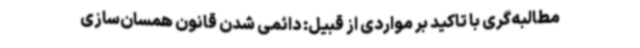
مطالبه‌گری با تاکید بر مواردی از قبیل: دائمی شدن قانون همسان‌سازی